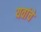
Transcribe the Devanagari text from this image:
यवांचे